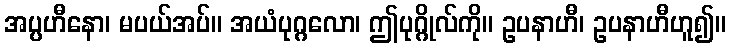
အပ္ပဟီနော၊ မပယ်အပ်။ အယံပုဂ္ဂလော၊ ဤပုဂ္ဂိုလ်ကို။ ဥပနာဟီ၊ ဥပနာဟီဟူ၍။